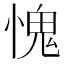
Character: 愧